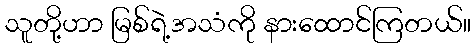
သူတို့ဟာ မြစ်ရဲ့အသံကို နားထောင်ကြတယ်။